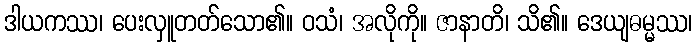
ဒါယကဿ၊ ပေးလှူတတ်သော၏။ ဝသံ၊ အလိုကို။ ဇာနာတိ၊ သိ၏။ ဒေယျဓမ္မဿ၊